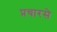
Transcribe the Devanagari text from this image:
प्रचारसे